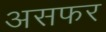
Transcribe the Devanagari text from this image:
असफर